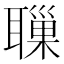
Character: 𦗔